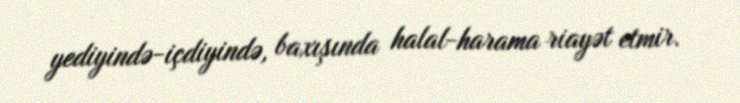
yediyində-içdiyində, baxışında halal-harama riayət etmir.